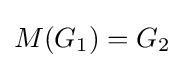
M(G_{1})=G_{2}